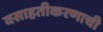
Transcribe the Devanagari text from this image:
वसाहतीकरणाची